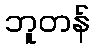
ဘူတန်